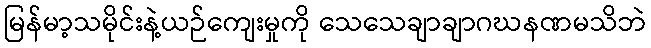
မြန်မာ့သမိုင်းနဲ့ယဉ်ကျေးမှုကို သေသေချာချာဂဃနဏမသိဘဲ